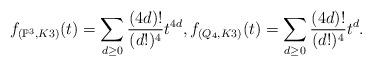
LaTeX: \begin{align*} f_{(\mathbb P^3,K3)}(t)=\sum_{d\geq 0}\frac{(4d)!}{(d!)^4}t^{4d}, f_{(Q_4,K3)}(t)=\sum_{d\geq 0}\frac{(4d)!}{(d!)^4}t^{d}. \end{align*}